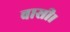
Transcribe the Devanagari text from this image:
वासी।